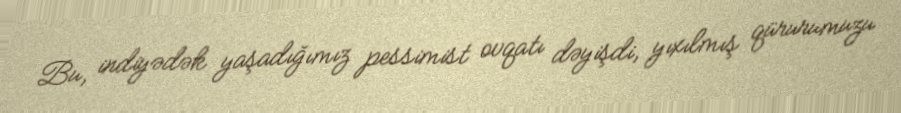
Bu, indiyədək yaşadığımız pessimist ovqatı dəyişdi, yıxılmış qürurumuzu